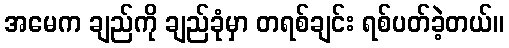
အမေက ချည်ကို ချည်ခုံမှာ တရစ်ချင်း ရစ်ပတ်ခဲ့တယ်။